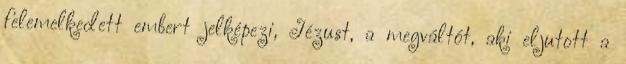
felemelkedett embert jelképezi, Jézust, a megváltót, aki eljutott a